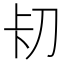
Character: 𭃐